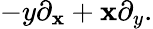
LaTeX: -y\partial_{\mathbf{x}}+\mathbf{x}\partial_{y}.